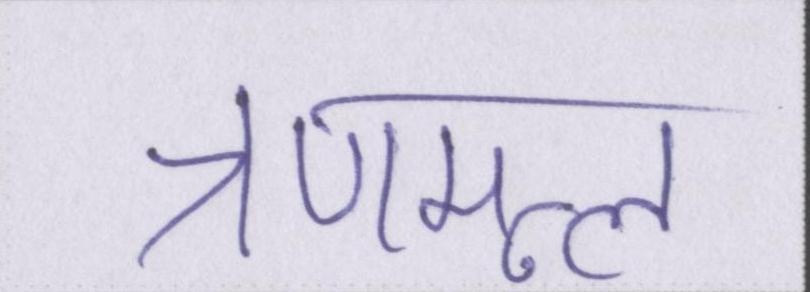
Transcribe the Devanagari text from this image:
त्रणमूल